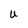
Character: U